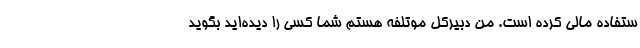
ستفاده مالی کرده است. من دبیرکل موتلفه هستم شما کسی را دیده‌اید بگوید